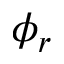
\phi _ { r }